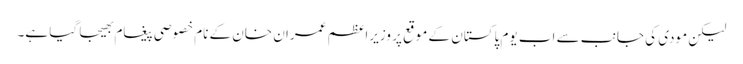
لیکن مودی کی جانب سے اب یوم پاکستان کے موقع پر وزیراعظم عمران خان کے نام خصوصی پیغام بھیجا گیا ہے۔